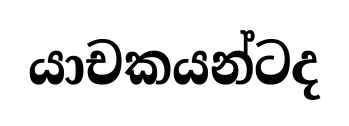
යාචකයන්ටද